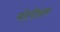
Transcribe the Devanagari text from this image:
मोतीसम